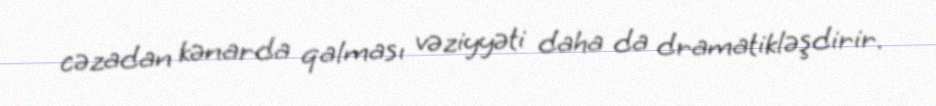
cəzadan kənarda qalması vəziyyəti daha da dramatikləşdirir.